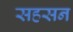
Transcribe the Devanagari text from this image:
सहसन